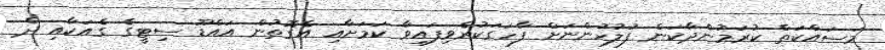
މަސައްކަތް ކުރަމުންދާކަން ފުލުހުންނަށް ފާހަގަކުރެވިފައިވާ ކަމަށާއި އެގޮތުން އައްޑޫ ސިޓީގެ ގެއަކާއި ދެ